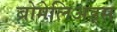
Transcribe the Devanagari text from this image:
ब्रोमेलिअड्स